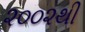
૨૦૦૨થી